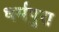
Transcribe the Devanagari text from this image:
धर्मपुरा